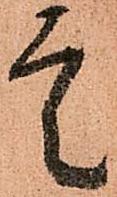
定